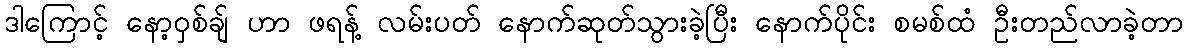
ဒါကြောင့် နော့ဝှစ်ချ် ဟာ ဖရန့် လမ်းပတ် နောက်ဆုတ်သွားခဲ့ပြီး နောက်ပိုင်း စမစ်ထံ ဦးတည်လာခဲ့တာ